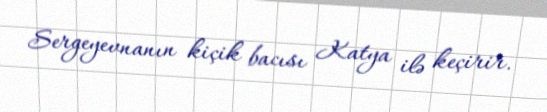
Sergeyevnanın kiçik bacısı Katya ilə keçirir.